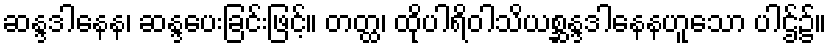
ဆန္ဒဒါနေန၊ ဆန္ဒပေးခြင်းဖြင့်။ တတ္ထ၊ ထိုပါရိဝါသိယစ္ဆန္ဒဒါနေနဟူသော ပါဌ်၌။